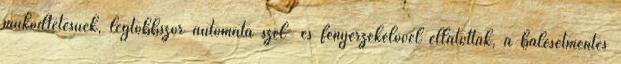
működtetésűek, legtöbbször automata szél- és fényérzékelővel ellátottak, a balesetmentes